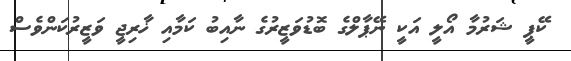
ކޭޕީ ޝަރުމާ އޯލީ އަކީ ނޭޕާލްގެ ބޮޑުވަޒީރުގެ ނާއިބު ކަމާއި ޚާރިޖީ ވަޒީރުކަންވެސް